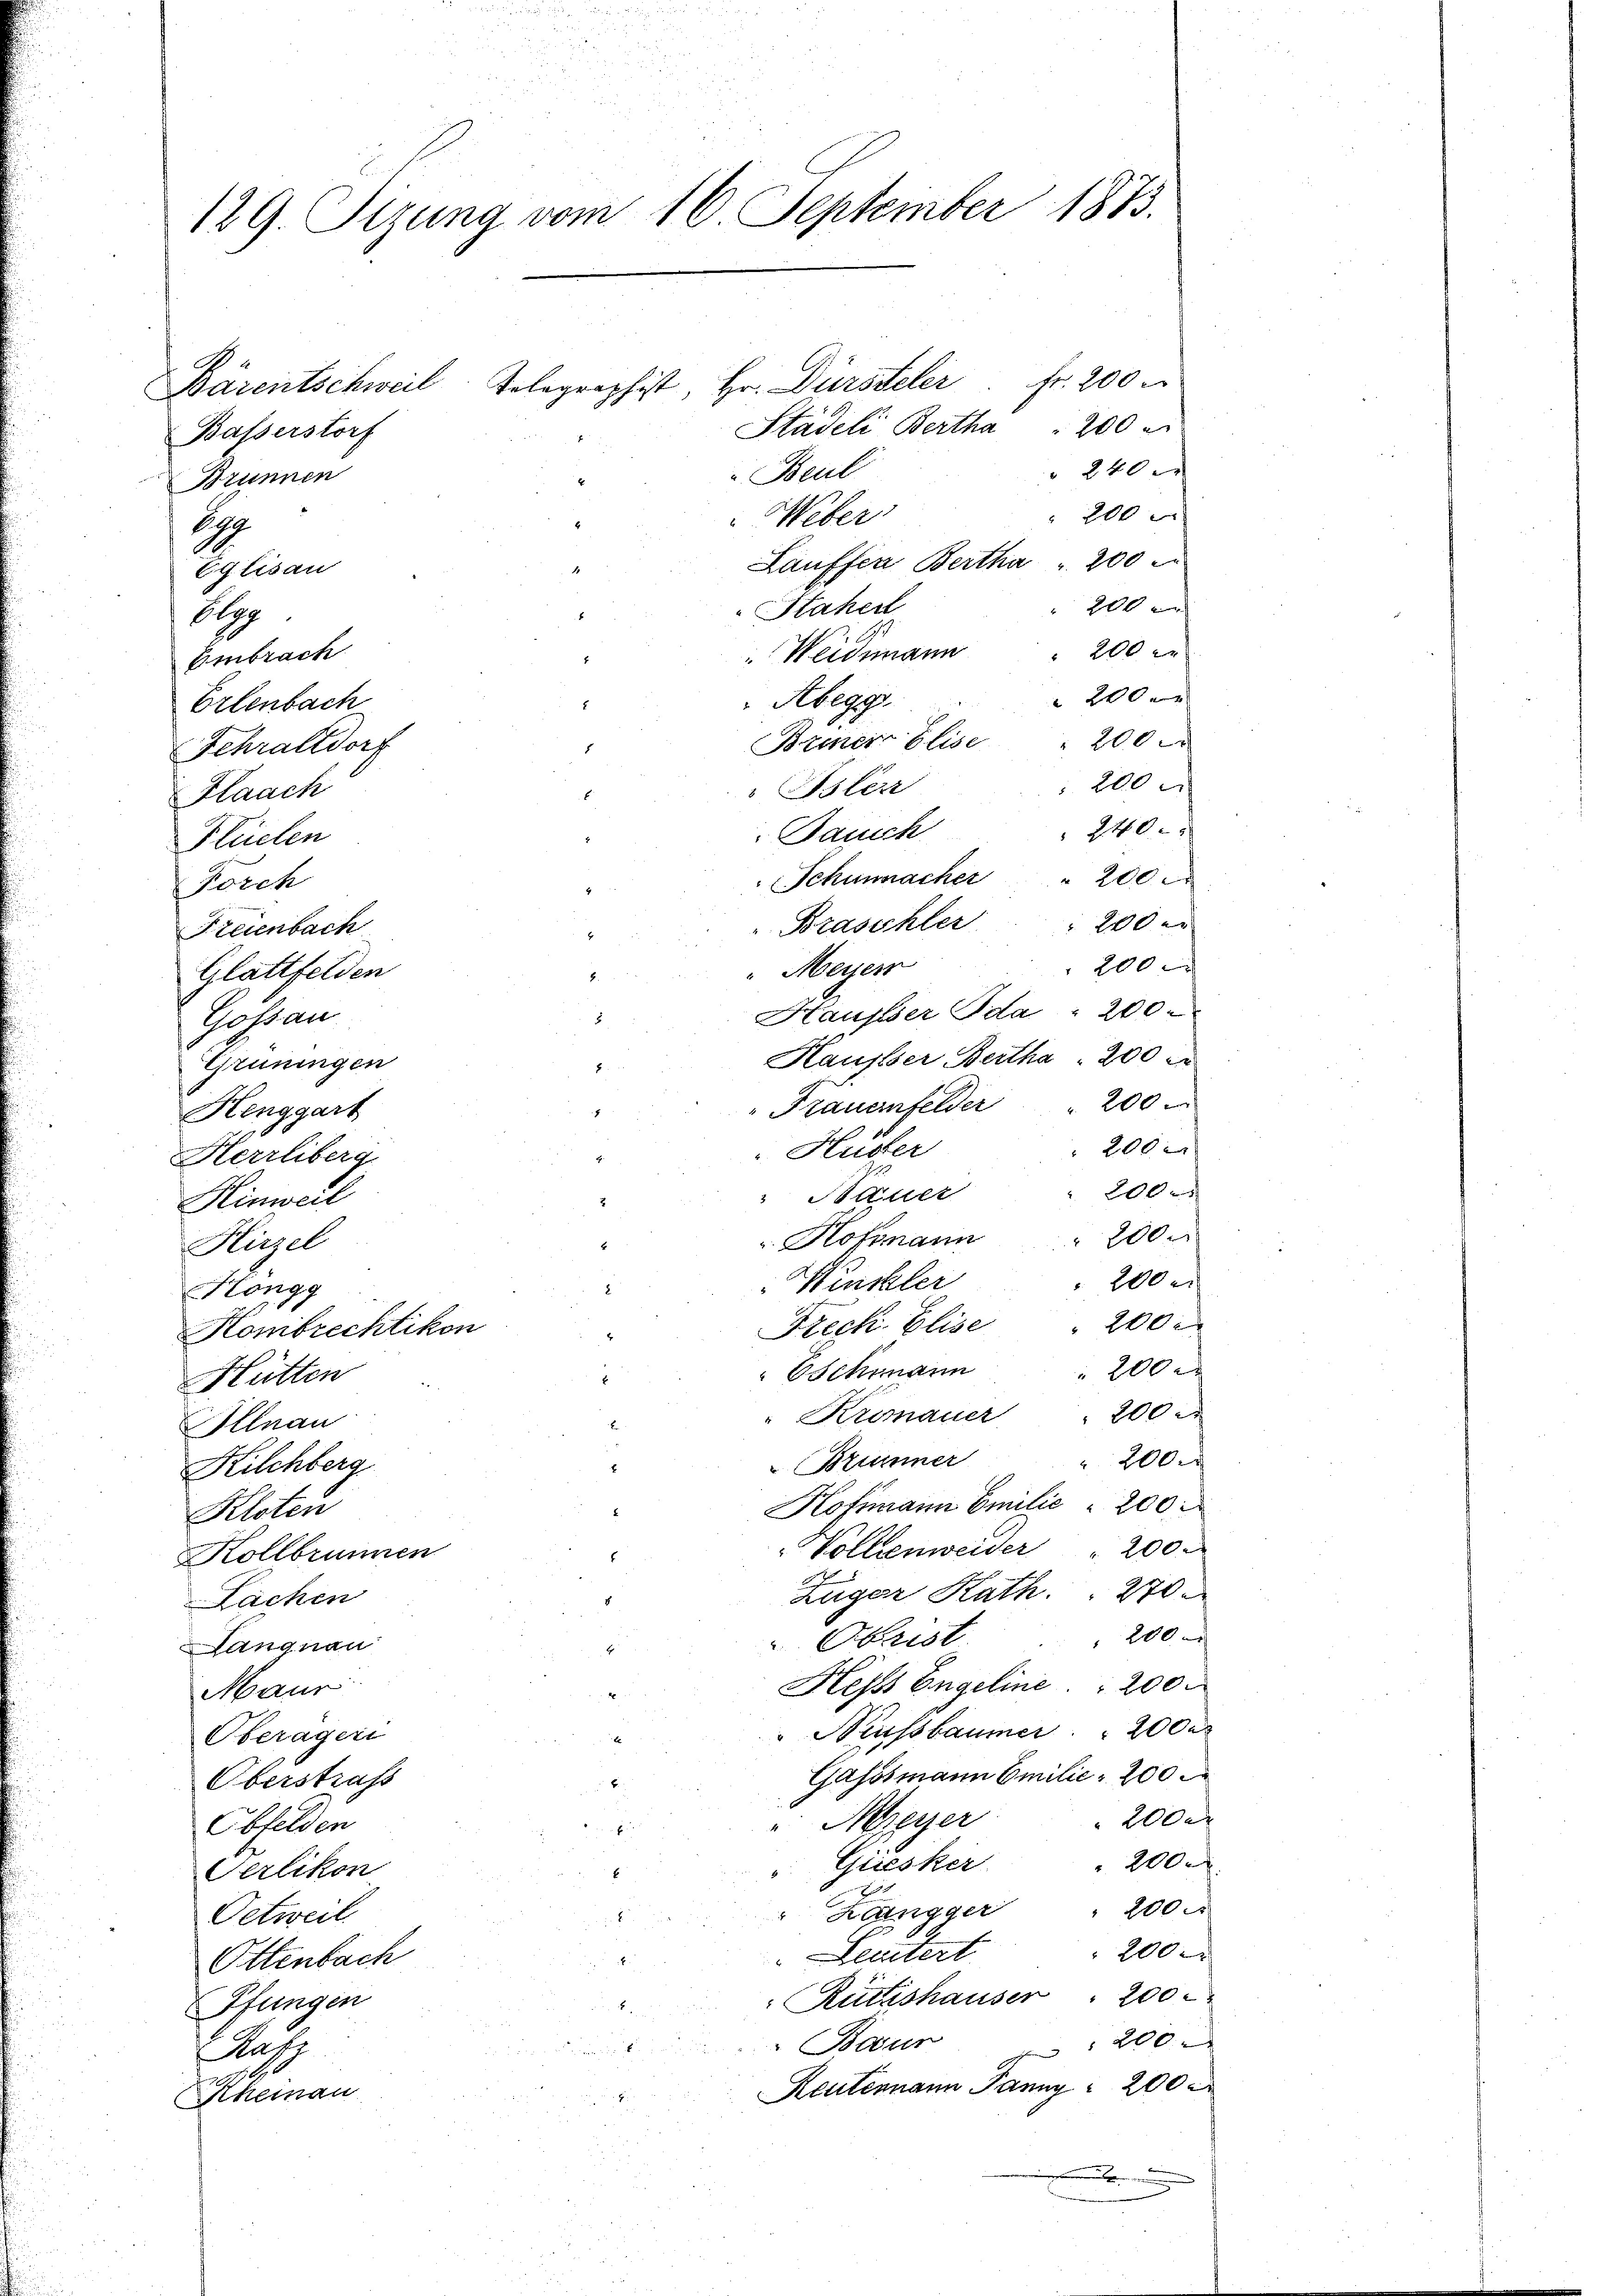
129. Sizung vom 16. September 1873.

Bärentschweil, Telegraphist, Hr. Dürsteler. Fr. 200
Stadeli Bertha
Basserstorf
Beut
Brunnen
Weber
E
Lauffen Bertha " 200
Eglisau
Haher
Obg
Weidmann
Embrach
Abegg.
Erlenbach
Briner Elise
Schraltdorf
 Isler
Flaach
Jauch
Plüelen
Schumacher " 200
Forch
Braschler
Freienbach
"Meyer
Glattfelden
Hausser Ida 200
Gossau
Hausser Bertha 200
Grüningen
200
Frauenfelder
Henggart
200
 Huster
Herrliberg.
200
 Pactuer
Hinweil
. Hofmann " 200 x
Hirzel
200 e
Meckler
Höngg
Freck. Elise " 200
Kombrechtikon
200 x
Eschmann
Hütten
200 r
Kremauer
Allnau
200
Brunner
Kilchberg
Hoffmann Emilie 200
Kloten
Vollenweider " 200.
Kollbrunnen
I
Züger Rath. " 270
Lachen
200
 Obrist.
Langnau
Hesss Engeline 200.
Maur
Nussbaumer 200 a
Oberägeri
Gassmann Emilie 200
Oberstrafs
200 d
Meyer
Obfelden
200.
Griesker
Gerlikon
100
" Zangger
Oetweil.
200
Leutert
Ottenbach
Rüttishauser " 200
Pfungen
200
Baur
Aus
Reutenmann Janny " 200
Rheinau
.

20 x
200 x

200
" 240.
 200
200 x
200 er
 200
200
200
240.